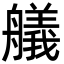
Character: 艤